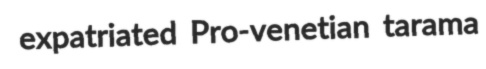
expatriated Pro-venetian tarama